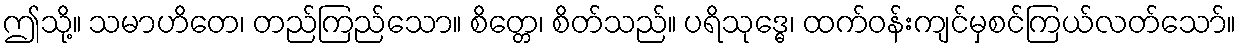
ဤသို့။ သမာဟိတေ၊ တည်ကြည်သော။ စိတ္တေ၊ စိတ်သည်။ ပရိသုဒ္ဓေ၊ ထက်ဝန်းကျင်မှစင်ကြယ်လတ်သော်။